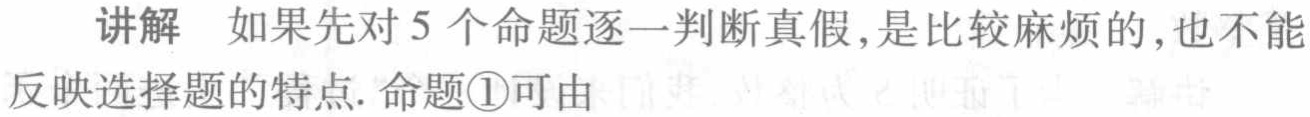
讲解 如果先对 5 个命题逐一判断真假,是比较麻烦的,也不能反映选择题的特点. 命题\textcircled{1}可由